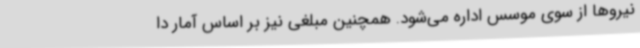
نیروها از سوی موسس اداره می‌شود. همچنین مبلغی نیز بر اساس آمار دا